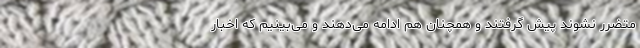
متضرر نشوند پیش گرفتند و همچنان هم ادامه می‌دهند و می‌بینیم که اخبار